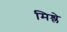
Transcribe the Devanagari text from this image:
मिश्ले